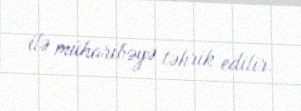
ilə müharibəyə təhrik edilir.